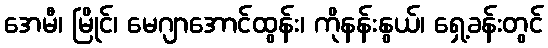
အေမီ၊ မြိုင်၊ မေဂျာအောင်ထွန်း၊ ကိုနန်းနွယ်၊ ရှေ့ခန်းတွင်